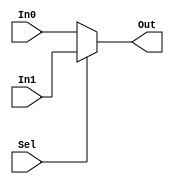
`timescale 1ns / 1ps
//*******************************************************//
// This document contains information proprietary        //
// to the CSULB student that created the                 //
// file - any reuse without adequate approval and        //
// documentation is prohibited                           //
//                                                       //
// Class:      <CECS 440>                                //
// Project:    <Mux_2to1_by32>                           //
//                                                       //
// Created by <Jose Sotelo> on <March 15, 2018>          // 
//                                                       //
// Team: Jose S., Jose P. and Sam P.                     //
// Abstract: Control Unit that tells the datapath        //           
//           with connections are necessary to           //
//           implement the ISA.                          //
//                                                       //
// In submitting this file for class work at CSULB       //
// I am confirming that this is my work and the work     //
// of no one else.                                       // 
//                                                       //
// In the event other code source are utilized I will    //
// document which portion of code and who is the author  //
//                                                       //
// In submitting this code I acknowledge that plagiarism //
// in student project work is subject to dismissal from  //
// the class                                             //
//*******************************************************//
module Mux_2to1_by32(In0, In1, Sel, Out);

     input     [31:0]    In0;
     input     [31:0]    In1;
     
     input               Sel;
     
     output    [31:0]    Out;
     
     assign Out = (Sel) ? In1 : In0;

endmodule